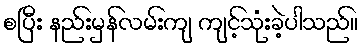
စပြီး နည်းမှန်လမ်းကျ ကျင့်သုံးခဲ့ပါသည်။